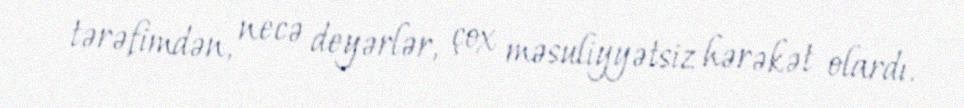
tərəfimdən, necə deyərlər, çox məsuliyyətsiz hərəkət olardı.